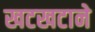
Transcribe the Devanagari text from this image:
खटखटाने